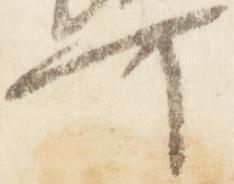
可